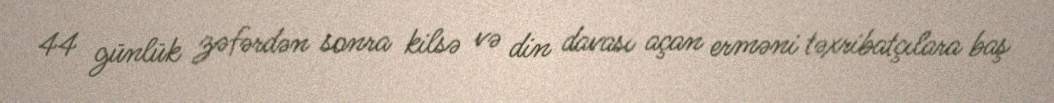
44 günlük zəfərdən sonra kilsə və din davası açan erməni təxribatçılara baş